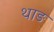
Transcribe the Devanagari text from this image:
थाङ